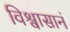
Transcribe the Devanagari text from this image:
विश्वासानं